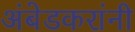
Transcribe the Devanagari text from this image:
अंबेडकरांनी